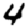
Digit: 4